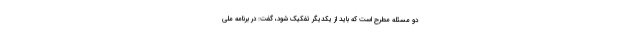
دو مسئله مطرح است که باید از یکدیگر تفکیک شود، گفت: در برنامه ملی